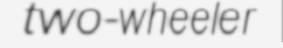
two-wheeler